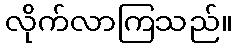
လိုက်လာကြသည်။